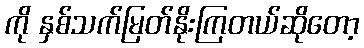
ကို နှစ်သက်မြတ်နိုးကြတယ်ဆိုတော့